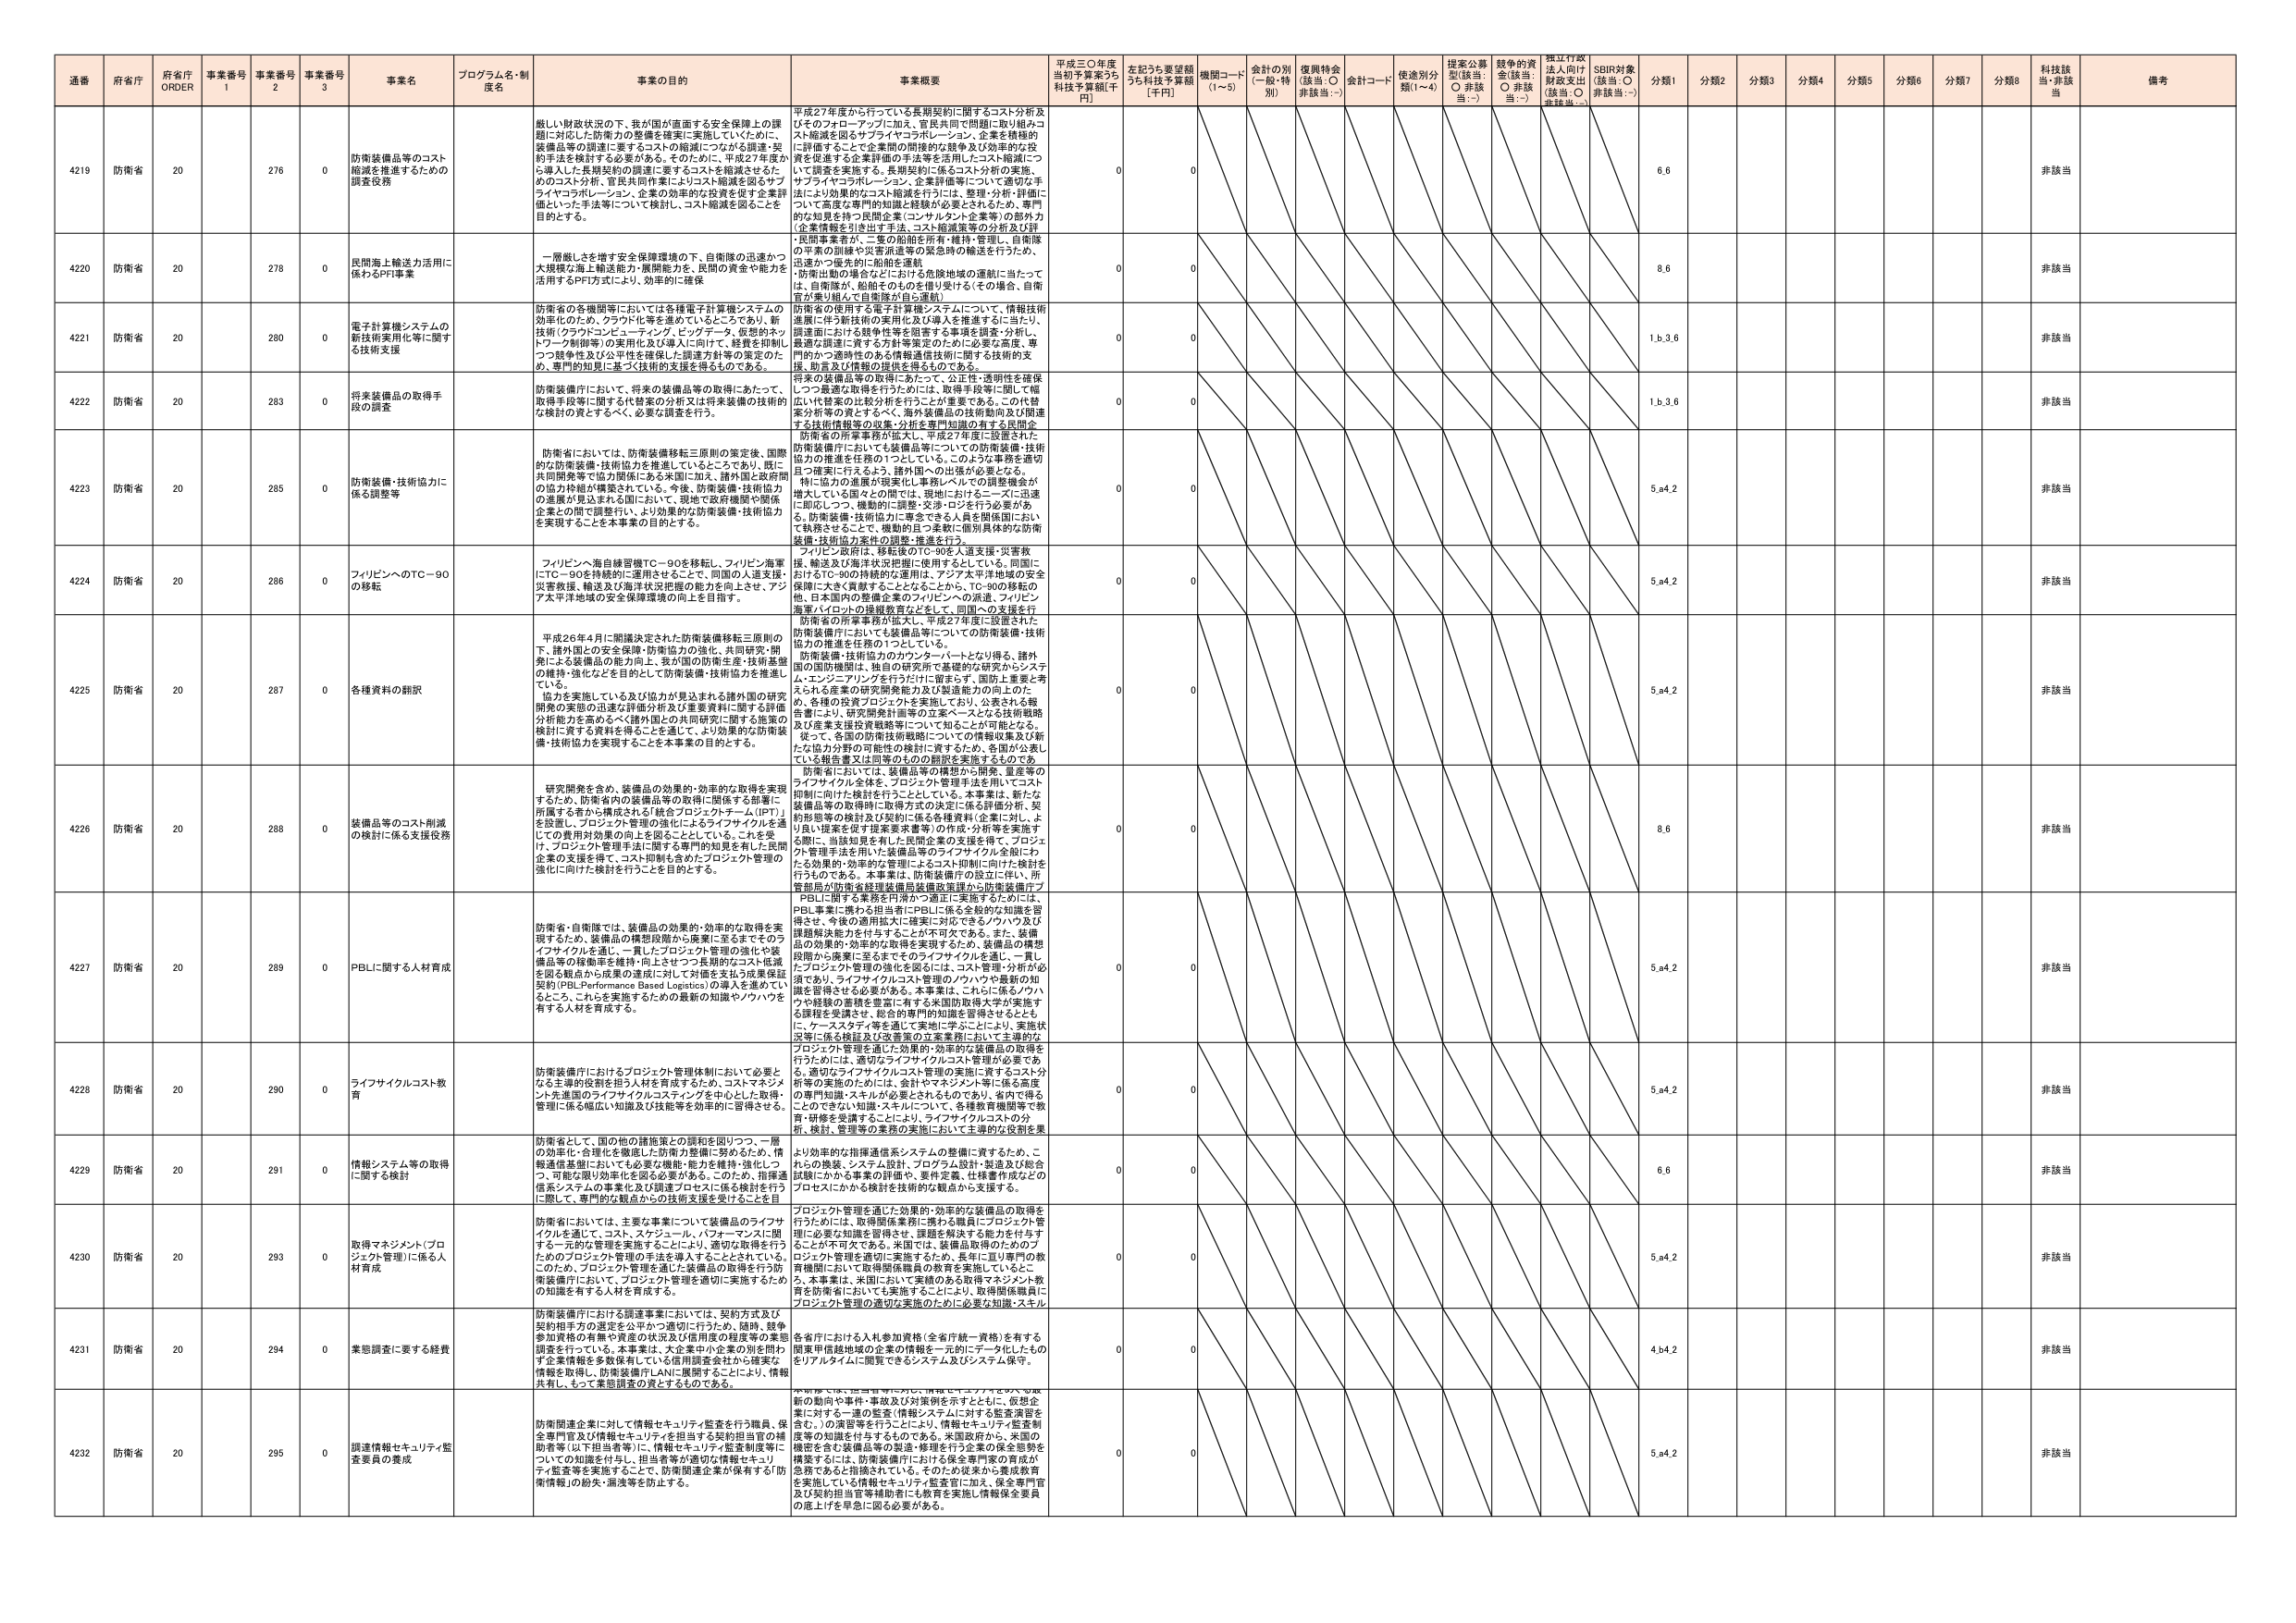
通番 府省庁 府省庁 ORDER 事業番号 1 事業番号 2 事業番号 3 事業名 プログラム名・制度名 事業の目的 事業概要 平成30年度当初予算案3％ 科技予算額[千円] 左記うち要望額うち科技予算額[千円] 機関コード(1~5) 会計の別(一般・特別) 復興特会(該当:○ 非該当:--) 会計コード 使途別分類(1~4) 提案公募型(該当:○ 非該当:--) 競争的資金(該当:○ 非該当:--) 独立行政法人向け財政支出(該当:○ 非該当:--) SDBR対象(該当:○ 非該当:--) 分類1 分類2 分類3 分類4 分類5 分類6 分類7 分類8 科技該当・非該当 備考

4219 防衛省 20 276 0 防衛装備品等のコスト縮減を推進するための調査役務 厳しい財政状況の下、我が国が直面する安全保障上の課題に対応した防衛力の整備を確実に実施していくために、装備品等の調達に要するコストの縮減につながる調達・契約手法を検討する必要がある。そのために、平成27年度から導入した長期契約の調達に要するコストを縮減させるためのコスト分析、官民共同作業によりコスト縮減を図るサプライヤコラボレーション、企業の効率的な投資を促す企業評価といった手法等について検討し、コスト縮減を図ることを目的とする。 平成27年度から行っている長期契約に関するコスト分析及びそのフォローアップに加え、官民共同で問題に取り組みコスト縮減を図るサプライヤコラボレーション、企業を積極的に評価することで企業間の間接的な競争及び効率的な投資を促進する企業評価の手法等を活用したコスト縮減について調査を実施する。長期契約に係るコスト分析の実施、サプライヤコラボレーション、企業評価等について適切な手法により効果的なコスト縮減を行うには、整理・分析・評価について高度な専門的知識と経験が必要とされるため、専門的な知見を持つ民間企業(コンサルタント企業等)の部外力(企業情報を引き出す手法、コスト縮減策等の分析及び評価)を活用する。 0 0 6,6 非該当

4220 防衛省 20 278 0 民間海上輸送力活用に係わるPFI事業 一層厳しさを増す安全保障環境の下、自衛隊の迅速かつ大規模な海上輸送能力・展開能力を、民間の資金や能力を活用するPFI方式により、効率的に確保 防衛省の使用者が、二隻の船舶を所有・維持・管理し、自衛隊の作業の訓練や災害派遣等の緊急時の輸送を行うため、迅速かつ選択的に船舶を運航。防衛出動の場合などにおける危険地域の運航に当たっては、自衛隊が、船舶そのものを借り受けする(その場合、自衛官が乗り組んで自衛隊が自ら運航)。 0 0 8,6 非該当

4221 防衛省 20 280 0 電子計算機システムの新技術実用化等に関する技術支援 防衛省の各機関等においては各種電子計算機システムの効率化のため、クラウド化等を進めていくところであり、新技術(クラウドコンピューティング、ビッグデータ、仮想的ネットワーク制御等)の実用化及び導入に向けて、経費を抑制しつつ効率性及び公平性を確保した調達方針等の策定のため、専門的知見に基づく技術的支援を得るものである。 防衛省の使用者を電子計算機システムについて、情報技術進展に伴う新技術の実用化及び導入を推進するに当たり、調達面における競争性等を阻害する事項を調査・分析し、最適な調達に資する方針等策定のために必要な高度、専門的かつ適時性のある情報通信技術に関する技術的支援、助言及び情報の提供を得るものである。 0 0 1,b,3,6 非該当

4222 防衛省 20 283 0 将来装備品の取得手段の調査 防衛装備庁において、将来の装備品等の取得にあたって、取得手段等に関する代替案の分析又は将来装備の技術的な検討の資とするべく、必要な調査を行う。 将来の装備品等の取得にあたって、公正性・透明性を確保しつつ最適な取得を行うためには、取得手段等に関して幅広い代替案の比較分析を行うことが重要である。この代替案が海外投資に至るべく、海外装備品の技術動向及び関連する技術情報等の収集・分析を専門知識の有する民間企業等の支援を得るものである。 0 0 1,b,3,6 非該当

4223 防衛省 20 285 0 防衛装備・技術協力に係る調整等 防衛省においては、防衛装備移転三原則の策定後、国際的な防衛装備・技術協力を推進しているところであり、既に共同開発等で協力関係にある米国に加え、諸外国と政府間の協力枠組が構築されている。今後、防衛装備・技術協力の進展が見込まれる国において、現地で政府機関や関係企業との間で調整を行い、より効果的な防衛装備・技術協力を実現することを本事業の目的とする。 防衛省の所掌事務が拡大し、平成27年度に設置された防衛装備庁においても装備品等についての防衛装備・技術協力の推進を任務の1つとしている。このような事務を適切且つ確実に行えるよう、諸外国への出張が必要となる。特に協力の進展が現実化し事務レベルでの調整機会が増大している国々との間では、現地におけるニーズに迅速に即応しつつ、機動的に調整・交渉・ロジを伴う必要がある。防衛装備・技術協力に専念できる人員を関係国において執務させる上で、機動的且つ柔軟に個別具体的な防衛装備・技術協力案件の調整・推進を行う。 0 0 5,a4,2 非該当

4224 防衛省 20 286 0 フィリピンへのTC-90の移転 フィリピンへ海自練習機TC-90を移転し、フィリピン海軍にTC-90を持続的に運用させることで、同国の人事支援、災害救援、輸送及び海洋状況把握の能力を向上させ、アジア太平洋地域の安全保障環境の向上を目指す。 フィリピン政府は、移転後のTC-90を人道支援・災害救援、輸送及び海洋状況把握に使用するとしている。同国におけるTC-90の持続的な運航は、アジア太平洋地域の安全保障に大きく貢献することとなることから、TC-90の移転の他、日本国内の整備企業のフィリピンへの派遣、フィリピン海軍パイロットの操縦教育などとして、同国への支援を行う。 0 0 5,a4,2 非該当

4225 防衛省 20 287 0 各種資料の翻訳 平成26年4月に閣議決定された防衛装備移転三原則の下、諸外国との安全保障・防衛協力の強化、共同研究・開発による装備品の能力向上、我が国の技術生産・技術基盤の維持・強化などを目的として防衛装備・技術協力を推進している。協力を実施している及び協力が見込まれる諸外国の研究開発の要因の迅速な迅速な評価分析及び重要資料に関する評価分析能力を高めるべく諸外国との共同研究に関する施策の検討に資する資料を得ることを通じて、より効果的な防衛装備・技術協力を実現することを本事業の目的とする。 防衛省の所掌事務が拡大し、平成27年度に設置された防衛装備庁においても装備品等についての防衛装備・技術協力の推進を任務の1つとしている。防衛装備・技術協力のカウンターパートとなり得る、諸外国の国防機関は、独自の研究開発で基礎的な研究からシステム・エンジニアリングを行うだけに留まらず、国防上重要と考えられる産業の研究開発能力及び製造能力の向上のため、各種の投資プロジェクトを実施しており、公表される報告書により、研究開発計画等の立案ベースとなる技術戦略及び産業支援投資戦略等について知ることが可能となる。従って、各国の防衛技術戦略についての情報収集及び新たな協力分野の可能性の検討に資するため、各国が公表している報告書又は同等のものの翻訳を実施するものである。 0 0 5,a4,2 非該当

4226 防衛省 20 288 0 装備品等のコスト削減の検討に係る支援役務 研究開発を含め、装備品の効果的・効率的な取得を実現するため、防衛省内の装備品等の取得に関係する部署に所属する者から構成される「統合プロジェクトチーム(PPT)」を設置し、プロジェクト管理の強化によるライフサイクルを通じての費用対効果の向上を図ることとしている。これを受けて、プロジェクト管理手法に関する専門的知見を有した民間企業の支援を得て、コスト抑制も含めたプロジェクト管理の強化に向けた検討を行うことを目的とする。 防衛省においては、装備品等の構想から開発、量産等のライフサイクル全体を、プロジェクト管理手法を用いてコスト抑制に向けた検討を行うこととしている。本事業は、新たな装備品等の取得時に取得方式の決定に係る価格分析、契約形態等の検討及び契約に係る各種資料(企業に対し、より良い提案を促す提案要求書等)の作成・分析等を実施する際に、当該知見を有した民間企業の支援を得て、プロジェクト管理手法を用いた装備品等のライフサイクル全般にわたる効果的・効率的な管理によるコスト抑制に向けた検討を行うものである。本事業は、防衛装備庁の設立に伴い、所管当局が防衛省経理装備局装備政策課から防衛装備庁PBLに関する業務を円滑かつ適正に実施するためには、PBL事業に携わる担当者にPBLに係る全般的な知識を習得させ、今後の適用拡大に確実に対応できるノウハウ及び課題解決能力を付与することが不可欠である。また、装備品の効果的・効率的な取得を実現するため、装備品の構想段階から量産に至るまでのライフサイクルを通じ、一貫したプロジェクト管理の強化を図るには、コスト管理・分析が必須であり、ライフサイクルコスト管理のノウハウや最新の知識を習得させる必要がある。本事業は、これらに係るノウハウや経験の蓄積を豊富に有する民間取得大学が実施する課程を受講させ、総合的専門的知識を習得させるとともに、ケーススタディ等を通じて実地に学ぶことにより、実施状況等に係る検証及び改善策の立案業務においても適切なプロジェクト管理を通じた効果的・効率的な装備品の取得を行うためには、適切なライフサイクルコスト管理が必要である。適切なライフサイクルコスト管理の実施に資するコスト分析等の実施のためには、会計やマネジメント等に係る高度の専門知識・スキルが必要とされるものであり、省内で得ることのできない知識・スキルについて、各種教育機関等で教育・研修を受講することにより、ライフサイクルコストの分析、検討、管理等の業務の実施においても適切な役割を果たす人材を育成する。 0 0 8,6 非該当

4227 防衛省 20 289 0 PBLに関する人材育成 防衛省・自衛隊では、装備品の効果的・効率的な取得を実現するため、装備品の構想段階から廃棄に至るまでのライフサイクルを通じ、一貫したプロジェクト管理の強化や装備品等の稼働率を維持・向上させつつ長期的なコスト低減を図る観点から成果の達成に対して評価を払う成果保証契約(PBL:Performance Based Logistics)の導入を進めていくところ。これらを実施するための最新の知識やノウハウを有する人材を育成する。 0 0 5,a4,2 非該当

4228 防衛省 20 290 0 ライフサイクルコスト教育 防衛装備庁におけるプロジェクト管理体制において必要となる主導的役割を担う人材を育成するため、コストマネジメント先進国のライフサイクルコストリングを中心にした取得・管理に係る幅広い知識及び技能等を効率的に習得させる。 0 0 5,a4,2 非該当

4229 防衛省 20 291 0 情報システム等の取得に関する検討 防衛省として、国の他の諸施策との調和を図りつつ、一層の効率化・合理化を徹底した防衛力整備に努めるため、「情報通信基盤においては必要最小機能」を方針とし、強化しつつ、可能な限り効率化を図る必要がある。このため、指揮通信系システムの事業化及び調達プロセスに係る検討を行うに際して、専門的な観点からの技術支援を受けることを目 より効率的な指揮通信系システムの整備に資するため、これらの構築、システム設計、プログラム設計・拡張及び総合試験にかかる事業の評価や、要件定義、仕様書作成などのプロセスにかかる検討を技術的な観点から支援する。 0 0 6,6 非該当

4230 防衛省 20 293 0 取得マネジメント(プロジェクト管理)に係る人材育成 防衛省においては、主要な事業について装備品のライフサイクルを通じて、コスト、スケジュール、パフォーマンスに関する一元的な管理を実施することにより、適切な取得を行うためのプロジェクト管理の手法を導入することされている。このため、プロジェクト管理を基に装備品の取得を行う防衛装備庁において、プロジェクト管理を適切に実施するための知識を有する人材を育成する。 プロジェクト管理を通じた効果的・効率的な装備品の取得を行うためには、取得関係業務に携わる職員にプロジェクト管理に必要な知識を習得させ、課題を解決する能力を付与することが不可欠である。米国では、装備品取得のためのプロジェクト管理を適切に実施するため、長年に亘り専門的教育機関において取得関係業務に従事する者を対象にしている。本事業は、米国において実施のある取得マネジメント教育を防衛省においても実施することにより、取得関係職員にプロジェクト管理の適切な実施のために必要な知識・スキル 0 0 5,a4,2 非該当

4231 防衛省 20 294 0 業態調査に要する経費 防衛装備庁における調達事業においては、契約方式及び契約相手方の選定を公正かつ適切に行うため、競争、競争参加資格の有無や資産の状況及び信用度の程度等の業態調査を行っている。本事業は、大企業中小企業の別を問わず企業情報を多数保有している信用調査会社から確実な情報を取得し、防衛装備庁LANに展開することにより、情報共有し、かつ業態調査の質を高めるものである。 各省庁における入札参加資格(全省庁統一資格)を有する関東甲信越地域の企業の情報を一元的にデータ化したものがリアルタイムに閲覧できるシステム及びシステム保守。 0 0 4,b4,2 非該当

4232 防衛省 20 295 0 調達情報セキュリティ監査要員の養成 防衛関連企業に対して情報セキュリティ監査を行う職員、保全専門官及び情報セキュリティを担当する契約担当官の補助者等(以下担当者等)に、情報セキュリティ監査制度等についての知識を付与し、担当者等が情報セキュリティ監査等を実施することで、防衛関連企業が保有する「防衛情報」の紛失・漏洩等を防止する。 防衛関連企業に対して情報セキュリティ監査を行う職員、保全専門官及び情報セキュリティを担当する契約担当官の補助者等(以下担当者等)に、情報セキュリティ監査制度等についての知識を付与するものである。米国政府から、米国の機密を含む装備品等の製造・修理を行う企業の保全態勢を構築するには、防衛装備庁が有する保全専門官の育成が急務であると指摘されている。そのため従来から養成教育を実施している情報セキュリティ監査官に加え、保全専門官及び契約担当官等補助者にも教育を実施し情報保全要員の底上げを早急に図る必要がある。 0 0 5,a4,2 非該当